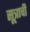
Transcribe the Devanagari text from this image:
सूत्राची